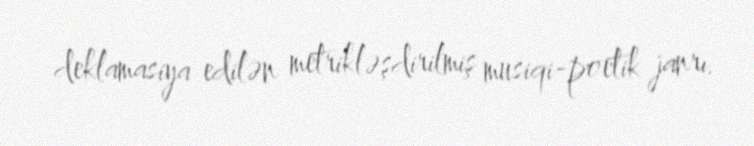
deklamasiya edilən metrikləşdirilmiş musiqi-poetik janrı.